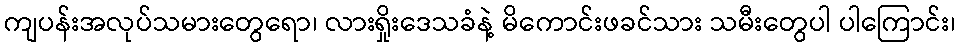
ကျပန်းအလုပ်သမားတွေရော၊ လားရှိုးဒေသခံနဲ့ မိကောင်းဖခင်သား သမီးတွေပါ ပါကြောင်း၊